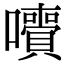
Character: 𡄙